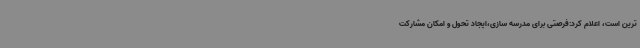
ترین است، اعلام کرد:فرصتی برای مدرسه سازی،ایجاد تحول و امکان مشارکت